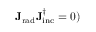
\mathbf { J _ { \mathrm { { r a d } } } } \mathbf { J _ { \mathrm { { i n c } } } ^ { \dagger } } = 0 )